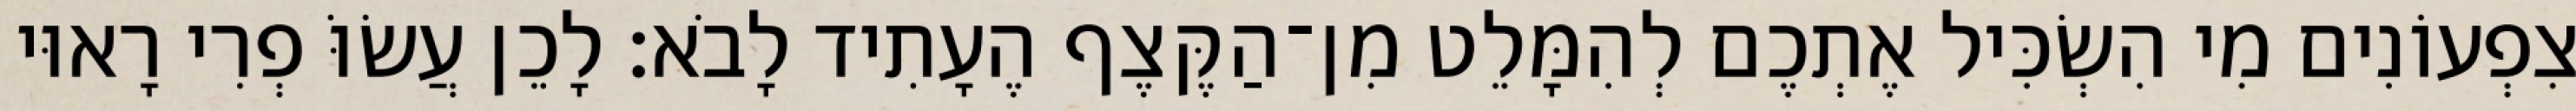
צִפְעוֹנִים מִי הִשְׂכִּיל אֶתְכֶם לְהִמָּלֵט מִן־הַקֶּצֶף הֶעָתִיד לָבֹא׃ לָכֵן עֲשׂוֹּ פְרִי רָאוּי